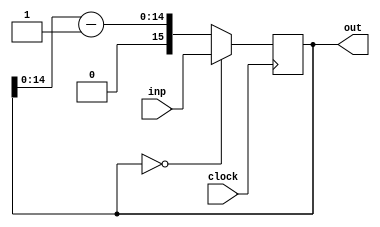
module firrtl_tail3 (
  input         clock,
  input  [15:0] inp,
  output [15:0] out
);

reg  [15:0] x_next;
wire [15:0] minus = x - 1;
always @ (*) begin
  if (x == 0)
    x_next = inp;
  else
    x_next = {1'b0, minus[14:0]};
end

reg [15:0] x;
always @ (posedge clock) begin
  x <= x_next;
end

assign out = x;

endmodule